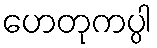
ဟေတုကပ္ပါ